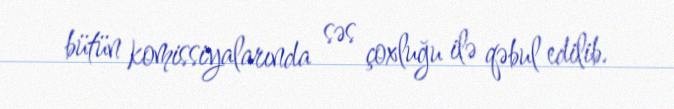
bütün komissiyalarında səs çoxluğu ilə qəbul edilib.